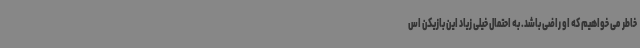
خاطر می خواهیم که او راضی باشد. به احتمال خیلی زیاد این بازیکن اس